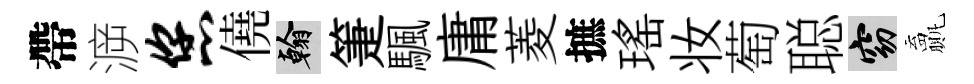
帶㴑您僥翰箑颿庸菱摭瑤妆萄聪窈贏